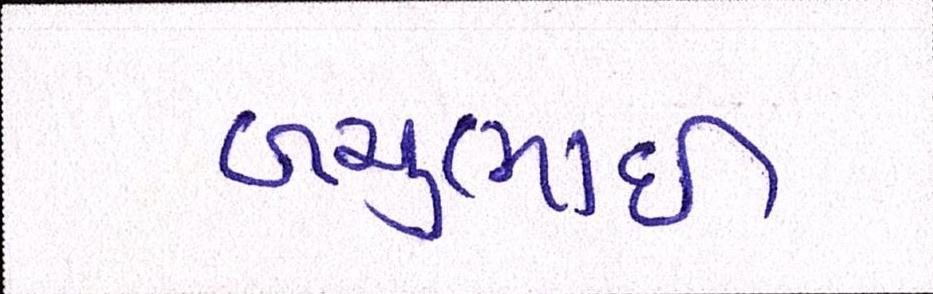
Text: બચુભાઈ